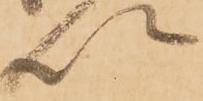
以